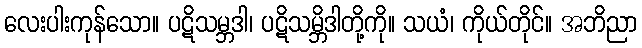
လေးပါးကုန်သော။ ပဋိသမ္ဘဒါ၊ ပဋိသမ္ဘိဒါတို့ကို။ သယံ၊ ကိုယ်တိုင်။ အဘိညာ